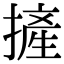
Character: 摌